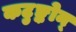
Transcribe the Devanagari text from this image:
कटुङ्कोन्